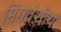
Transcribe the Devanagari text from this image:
मिंगवंशीय